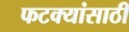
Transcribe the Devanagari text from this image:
फटक्यांसाठी